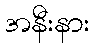
အနီးနား